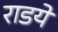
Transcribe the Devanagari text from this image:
राडये